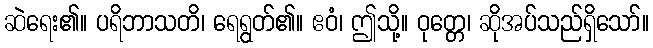
ဆဲရေး၏။ ပရိဘာသတိ၊ ရေရွတ်၏။ ဧဝံ၊ ဤသို့။ ဝုတ္တေ၊ ဆိုအပ်သည်ရှိသော်။